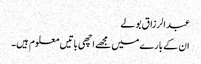
عبد الرزاق بولے
ان کے بارے میں مجھے اچھی باتیں معلوم ہیں۔